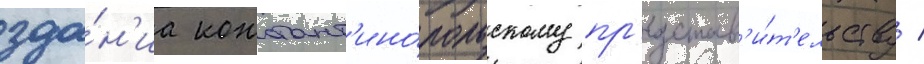
зда́н'иа констант'ино́польскому пр'едстав'и́т'ельству /